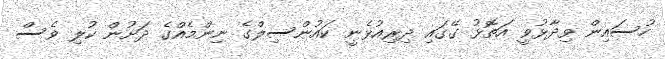
ހުސައިން ވިދާޅުވީ އަތޮޅު ގޭގައި ދިރިއުޅެނީ ކައުންސިލްގެ ނިންމެއްގެ ދަށުން ކުލި ވެސް